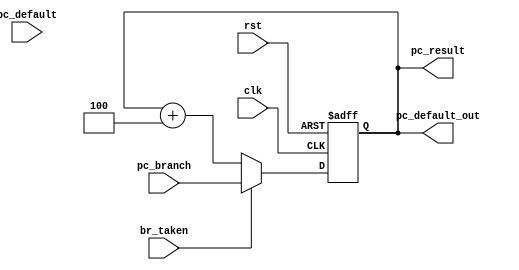
module pc(
input clk,
input rst,
input wire br_taken,
input wire [31:0] pc_default,
input wire [31:0] pc_branch,
output wire [31:0] pc_result,
output wire [31:0] pc_default_out	  
);
reg [31:0] store;
always @(posedge clk or negedge rst) begin
if(rst == 0)
store <= 32'h8000;
//store <= 0;
else if(br_taken == 1)
store <= pc_branch;
else
store <= store + 32'b100;

end
 ////  function [31:0] pc;
     // input wire   br_taken;
     // input wire [31:0] pc_default;
     // input wire [31:0] pc_branch;
      //case
 //  assign pc_result = pc(br_taken, pc_default, pc_branch);
  // assign pc_default_out = pc_default + 32'b100;
  assign pc_result = store;
  assign pc_default_out = store;
   

endmodule // pc